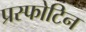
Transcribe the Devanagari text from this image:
प्रस्फोटिन